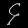
Digit: ၄